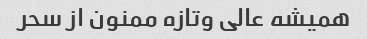
همیشه عالی وتازه ممنون از سحر